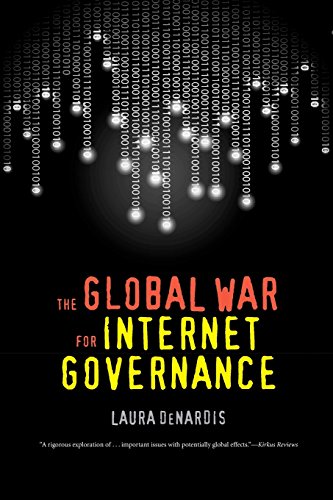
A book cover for The Global War for Internet Governance; Laura DeNardis; Computers & Technology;